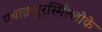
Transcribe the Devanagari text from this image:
यथाक्रतुरस्मिँल्लोके